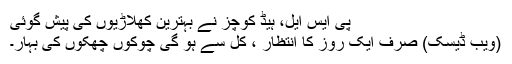
پی ایس ایل، ہیڈ کوچز نے بہترین کھلاڑیوں کی پیش گوئی
(ویب ڈیسک) صرف ایک روز کا انتظار ، کل سے ہو گی چوکوں چھکوں کی بہار۔